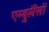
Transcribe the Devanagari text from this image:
एम्बुलैंसों